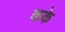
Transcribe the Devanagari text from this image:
कके